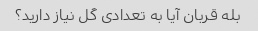
بله قربان آیا به تعدادی گل نیاز دارید؟